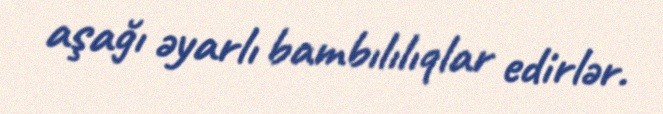
aşağı əyarlı bambılılıqlar edirlər.